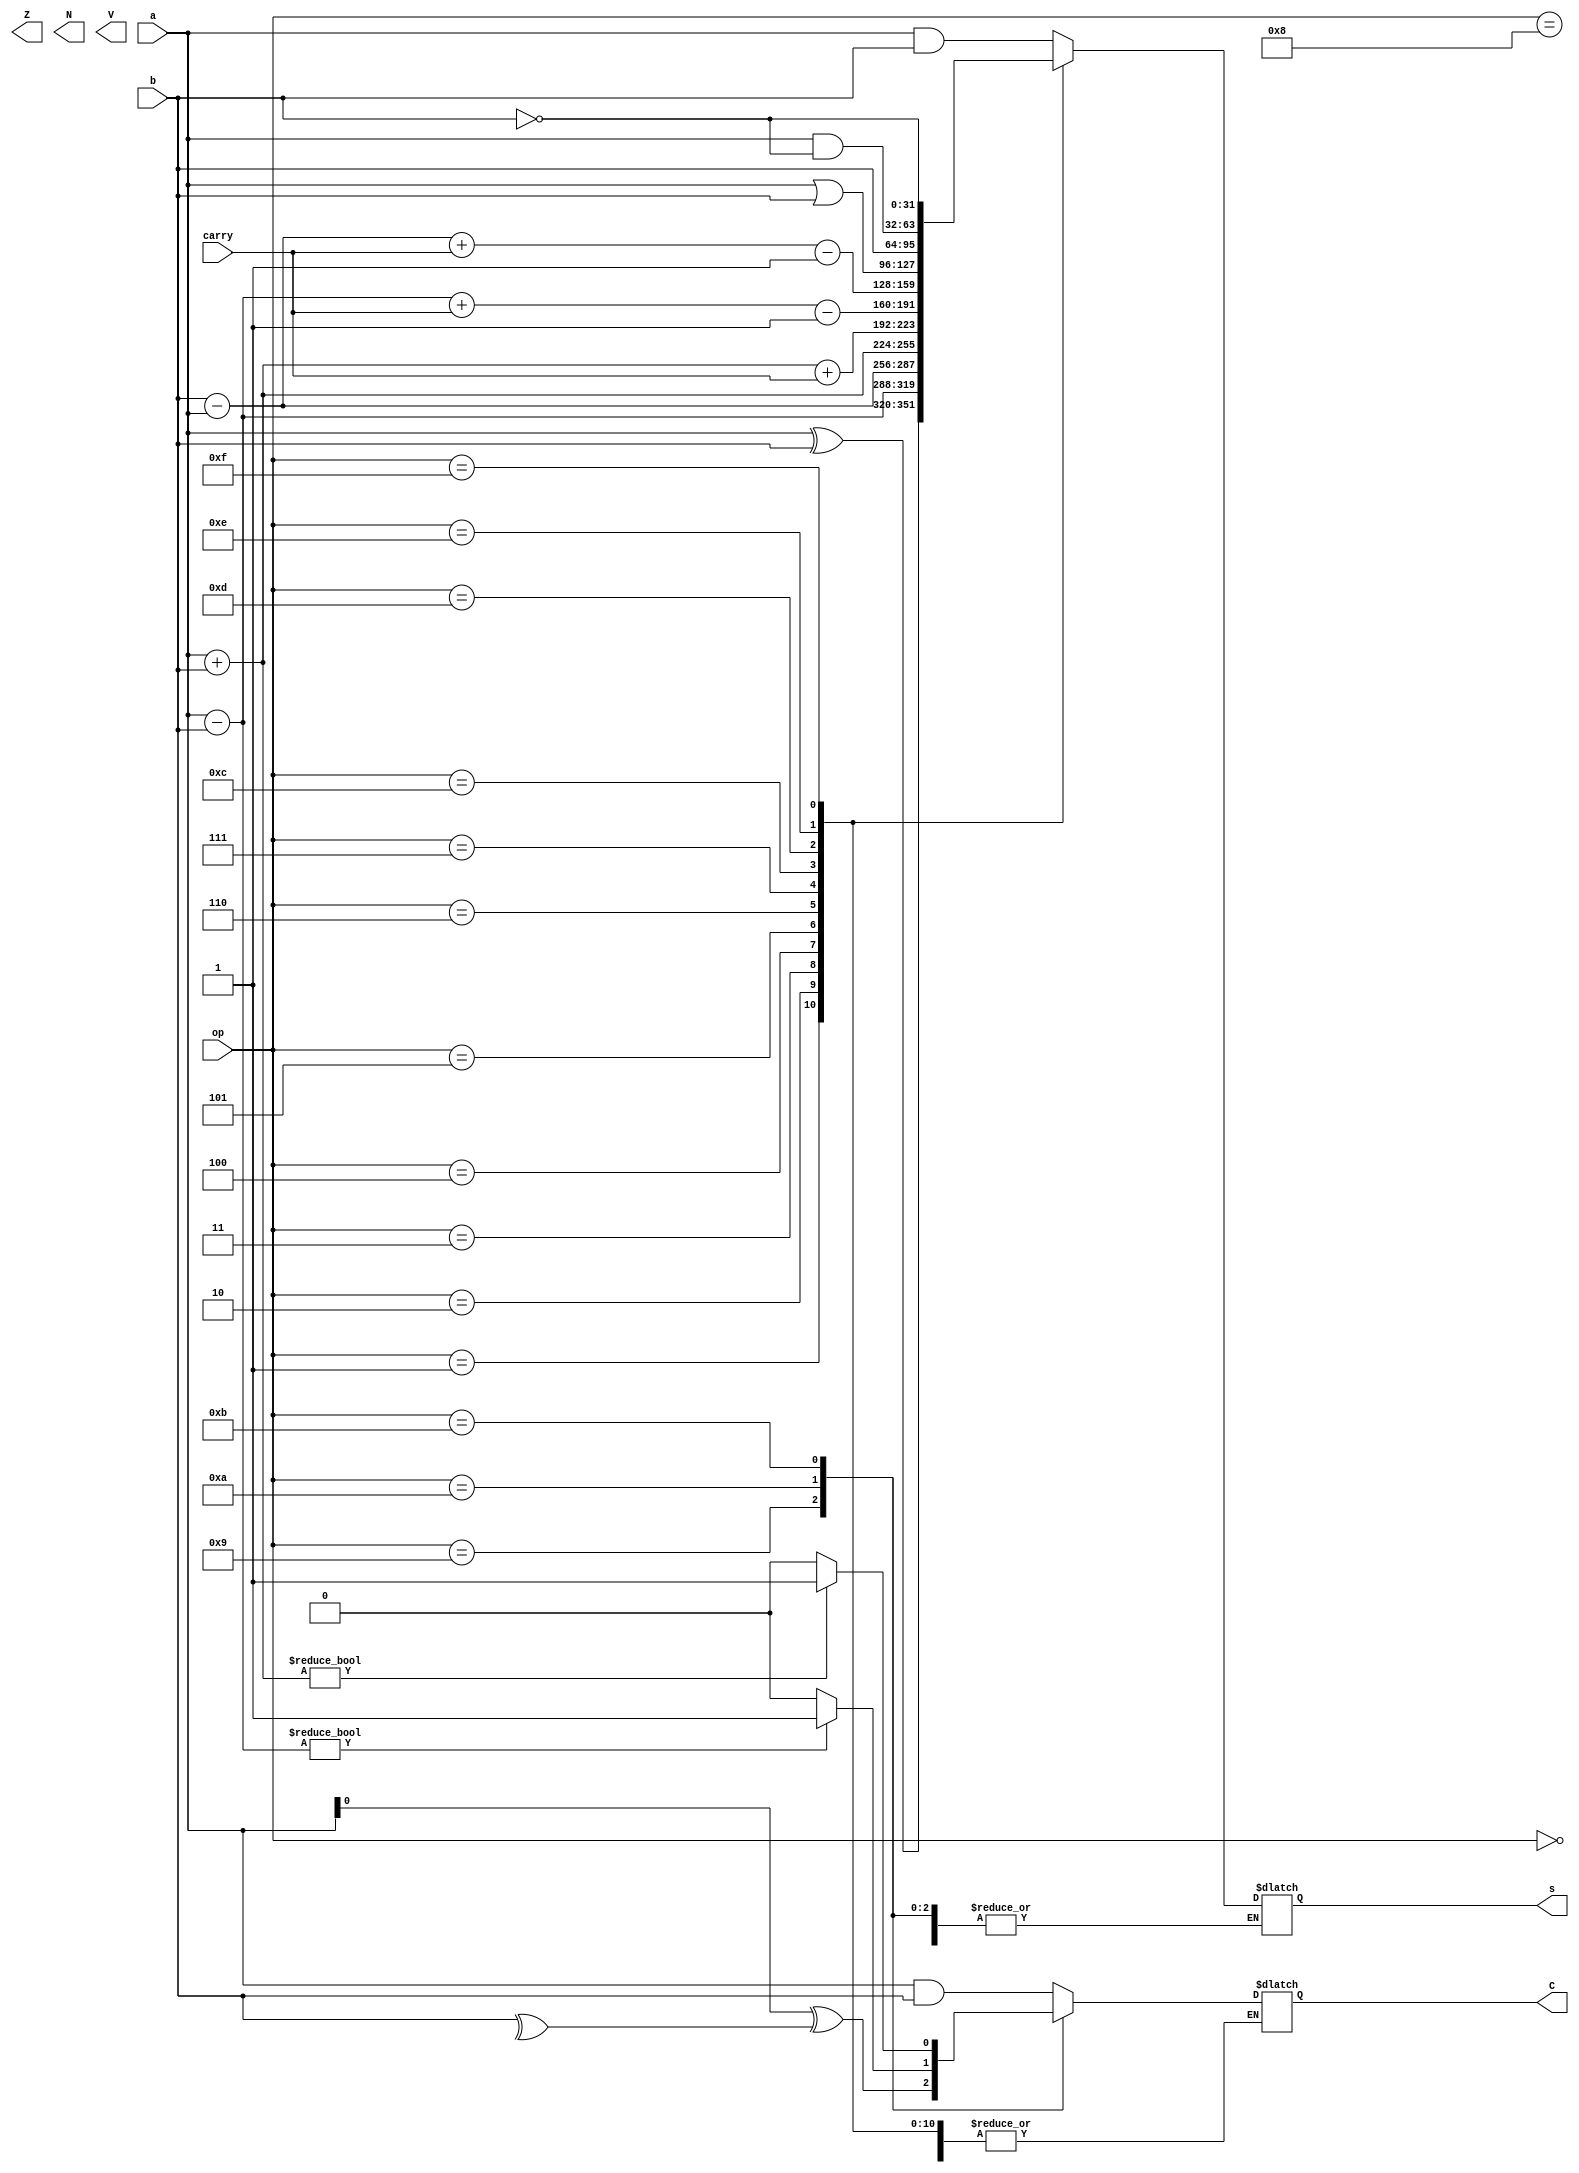
module ALU (a,b,carry,op,Z,N,V,C,s);
  input [31:0]a ,b;
  input carry;
  input [3:0] op;
  output reg Z,N,V,C;
  output reg [31:0] s;
  
  always @(a,b,op)begin
    case (op)
      4'b0000: s=a&b;
      4'b0001: s=a^b;
      4'b0010: s=a-b; 
      4'b0011: s=b-a;
      4'b0100: s=a+b;
      4'b0101: s=a+b+carry;
      4'b0110: s=a-b+carry-1;
      4'b0111: s=b-a+carry-1;
      4'b1000: C=a&&b;
      4'b1001: C=a^^b;
      4'b1010: C=a-b?1:0;
      4'b1011: C=a+b?1:0;
      4'b1100: s=a|b;
      4'b1101: s=b;
      4'b1110: s=a&~b;
      4'b1111: s=~b;
    endcase
    
  end
endmodule